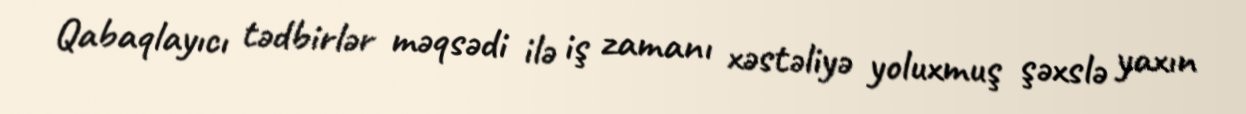
Qabaqlayıcı tədbirlər məqsədi ilə iş zamanı xəstəliyə yoluxmuş şəxslə yaxın